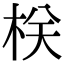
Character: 栚